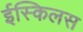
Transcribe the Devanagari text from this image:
ईस्किलस